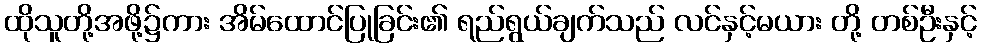
ထိုသူတို့အဖို့၌ကား အိမ်ထောင်ပြုခြင်း၏ ရည်ရွယ်ချက်သည် လင်နှင့်မယား တို့ တစ်ဦးနှင့်